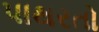
પાથરતો